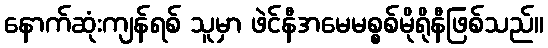
နောက်ဆုံးကျန်ရစ် သူမှာ ဖဲင်နီအမေမစ္စစ်မိုရိုနီဖြစ်သည်။